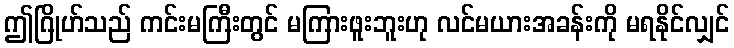
ဤဂြိုဟ်သည် ကင်းမကြီးတွင် မကြားဖူးဘူးဟု လင်မယားအခန်းကို မရနိုင်လျှင်